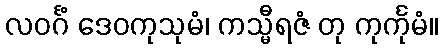
လဝင်္ဂံ ဒေဝကုသုမံ၊ ကသ္မီရဇံ တု ကုင်္ကုမံ။